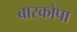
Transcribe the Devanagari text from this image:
बारकोपा